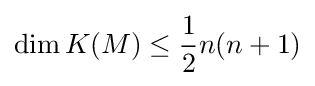
\dim K(M)\leq {\frac {1}{2}}n(n+1)